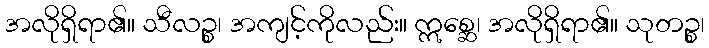
အလိုရှိရာ၏။ သီလဉ္စ၊ အကျင့်ကိုလည်း။ ဣစ္ဆေ၊ အလိုရှိရာ၏။ သုတဉ္စ၊